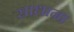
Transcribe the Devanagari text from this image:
साधाना